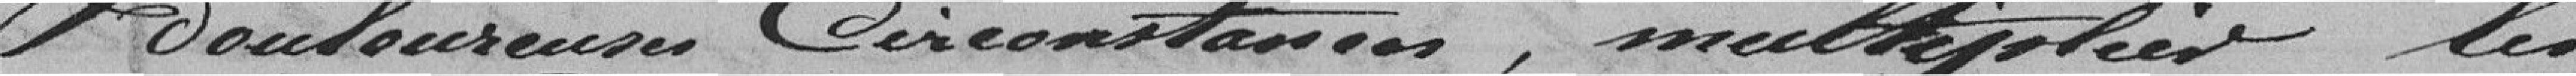
Douloureux Circonstances